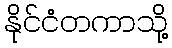
နိုင်ငံတကာသို့